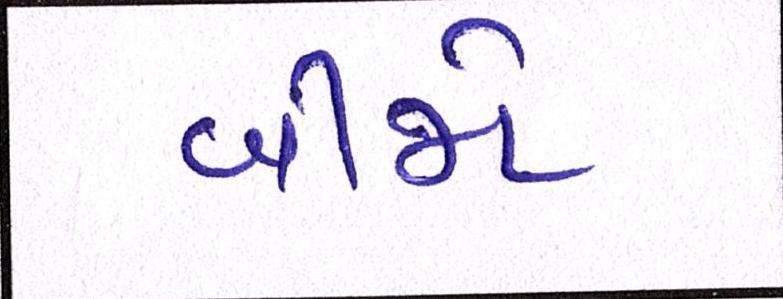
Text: બીજો